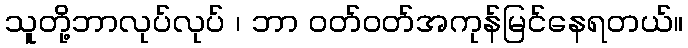
သူတို့ဘာလုပ်လုပ် ၊ ဘာ ဝတ်ဝတ်အကုန်မြင်နေရတယ်။